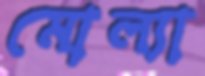
মোল্যা